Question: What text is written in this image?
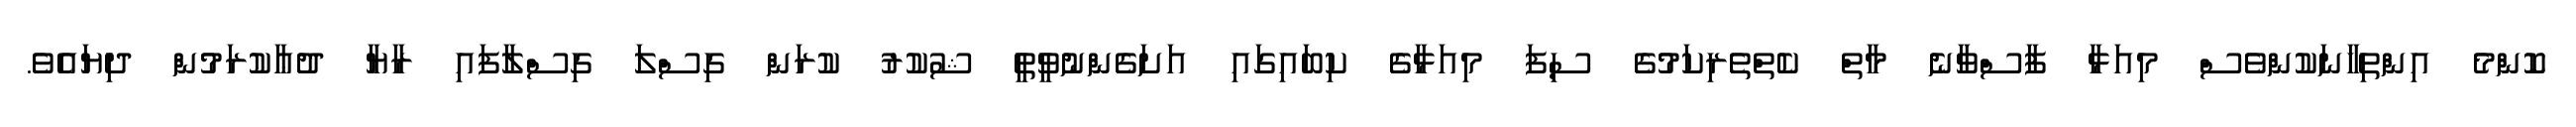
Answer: ކޮންމެ އިންތިހާނަކުންވެސް މިއަޅާ ފާސްވާނެ މާތް ކެތްތެރިކަމުގެ ސިފަ މިއަޅާގެ ކިބައިގައި އަށަގެންނުވީތީ ޝުކުރު ކުރަން ގިސްލަ ގިސްލާފައި ރާޔާ ދުޢާކުރަމުން ދިޔައެވެ.